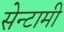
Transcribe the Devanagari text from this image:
सेन्टामी